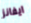
ايفانز